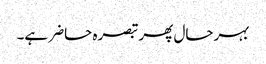
بہرحال پھر تبصرہ حاضر ہے۔